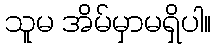
သူမ အိမ်မှာမရှိပါ။